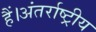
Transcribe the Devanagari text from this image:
हैं।अंतर्राष्ट्रीय